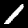
Label: 1